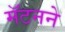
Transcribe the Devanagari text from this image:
मॅटनने